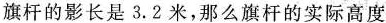
旗杆的影长是3.2米，那么旗杆的实际高度